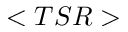
< T S R >